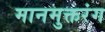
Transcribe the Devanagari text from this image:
मानमुक्तरंग